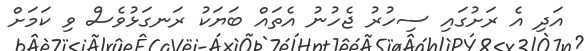
އަދި އެ ރަށުގައި ސިހުރު ޖެހުނު އެތައް ބަޔަކު ރަނގަޅުވެސް ވި ކަމަށް